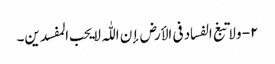
۲- ولا تبغ الفساد فی الأرض إن اللّٰہ لا یحب المفسدین۔